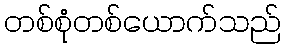
တစ်စုံတစ်ယောက်သည်